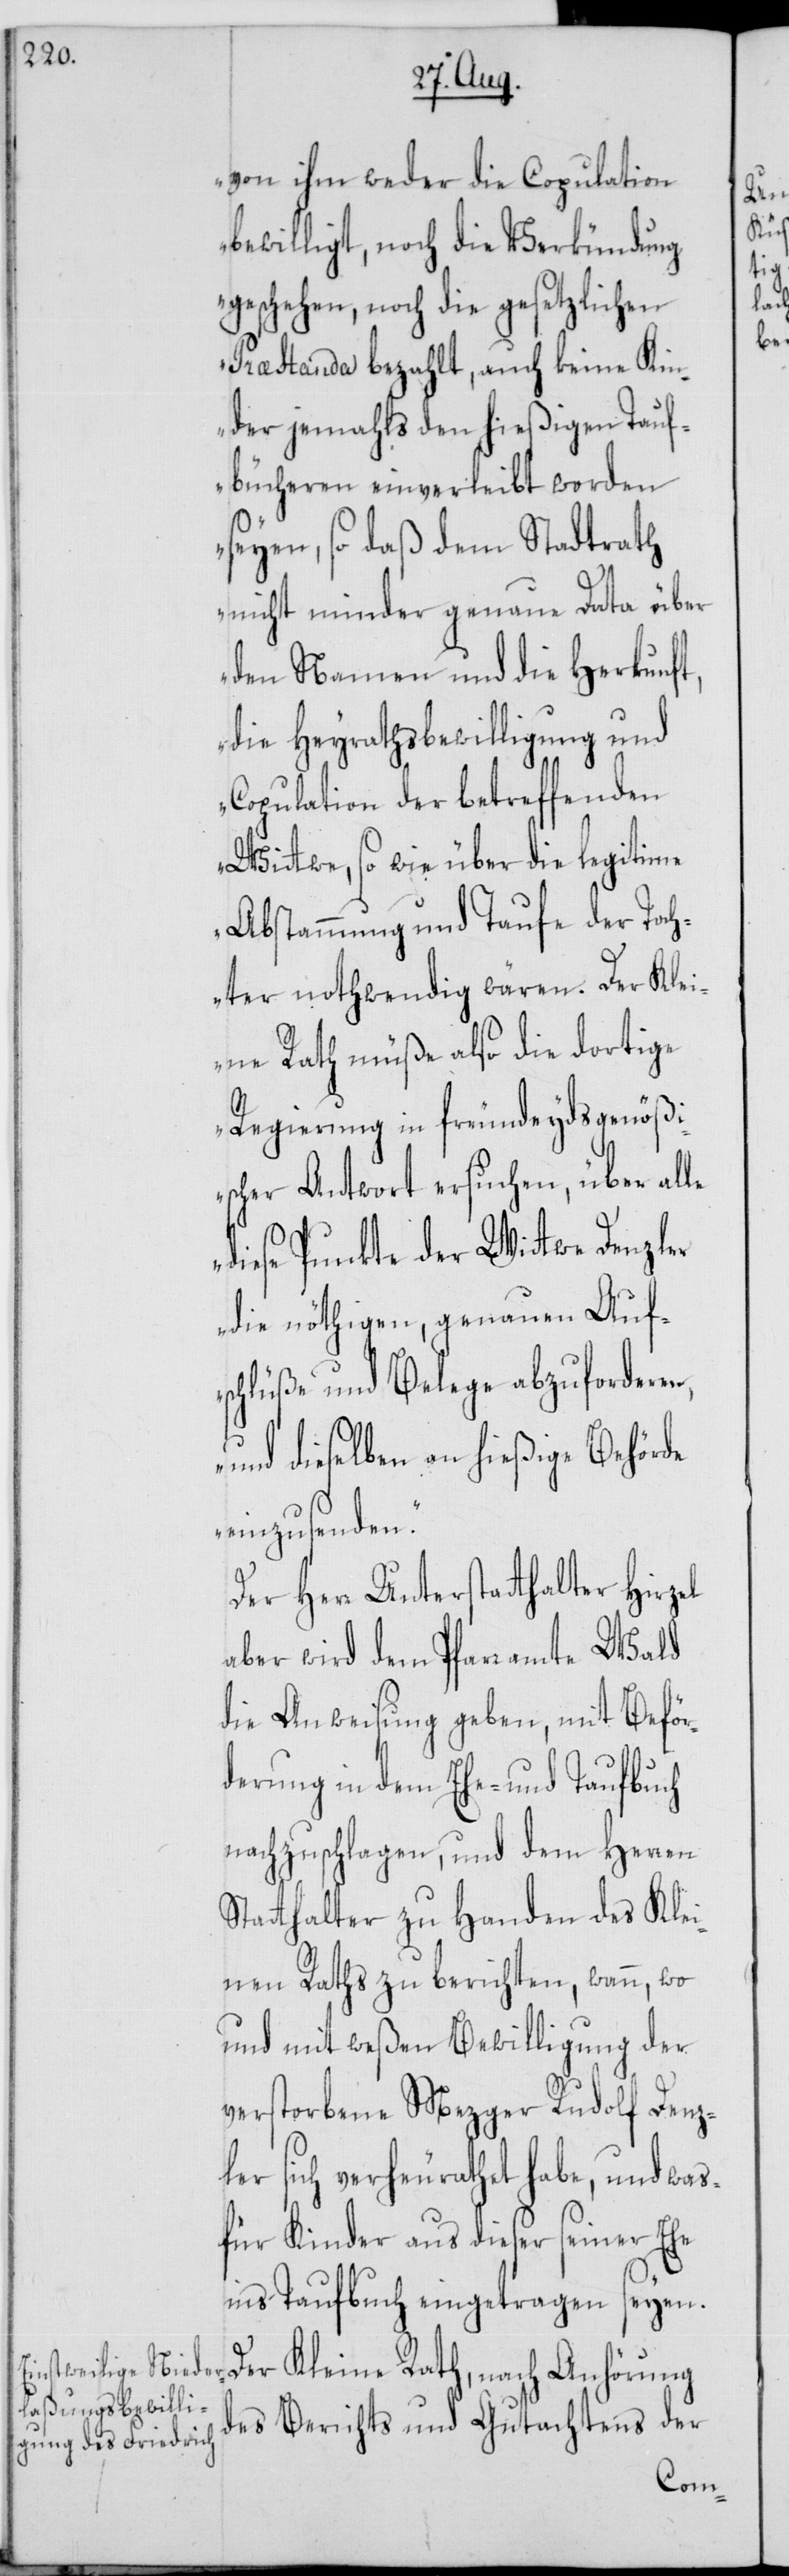
von ihm weder die Copulation
bewilligt, noch die Verkündung
geschehen, noch die gesetzlichen
Præstanda bezahlt, auch keine Kin¬
der jemahls den hießigen Tauf¬
bücheren einverleibt worden
seyen, so daß dem Stadtrath
nicht minder genaue Data über
den Namen und die Herkunft,
die Heyrathsbewilligung und
Copulation der betreffenden
Wittwe, so wie über die legitime
Abstammung und Taufe der Toch¬
ter nothwendig wären. Der Klei¬
ne Rath müße also die dortige
Regierung in freundeydsgenößi¬
scher Antwort ersuchen, über alle
diese Punkte der Wittwe Denzler
die nöthigen, genauen Auf¬
schlüße und Belege abzuforderen,
und dieselben an hießige Behörde
einzusenden.“
Der Herr Unterstatthalter Hirzel
aber wird dem Pfarramte Wald
die Anweisung geben, mit Beför¬
derung in dem Ehe- und Taufbuch
nachzuschlagen, und dem Herren
Statthalter zu Handen des Klei¬
nen Raths zu berichten, wann, wo
und mit weßen Bewilligung der
verstorbene Mezger Rudolf Denz¬
ler sich verheurathet habe, und was
für Kinder aus dieser seiner Ehe
ins Taufbuch eingetragen seyen.
Der Kleine Rath, nach Anhörung
des Berichts und Gutachtens der